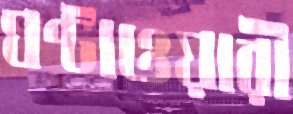
ঘণ্টাওয়ারী